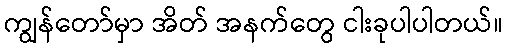
ကျွန်တော်မှာ အိတ် အနက်တွေ ငါးခုပါပါတယ်။